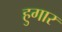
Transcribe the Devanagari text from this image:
हुगार